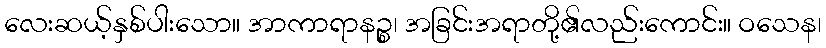
လေးဆယ့်နှစ်ပါးသော။ အာကာရာနဉ္စ၊ အခြင်းအရာတို့၏လည်းကောင်း။ ဝသေန၊